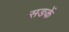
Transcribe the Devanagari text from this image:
सङकें